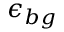
\epsilon _ { b g }